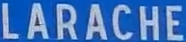
LARACHE